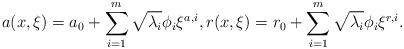
LaTeX: \begin{align*}a(x,\xi) = a_0 + \sum_{i=1}^m \sqrt{\lambda_i} \phi_i \xi^{a,i}, r(x,\xi) = r_0 + \sum_{i=1}^m \sqrt{\lambda_i} \phi_i \xi^{r,i}.\end{align*}